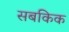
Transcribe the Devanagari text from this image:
सबकिक